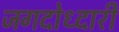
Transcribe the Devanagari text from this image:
जगदोध्दारी